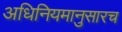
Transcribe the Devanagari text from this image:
अधिनियमानुसारच